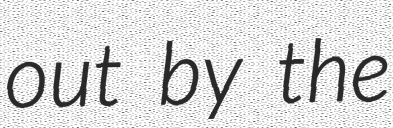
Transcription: out by the